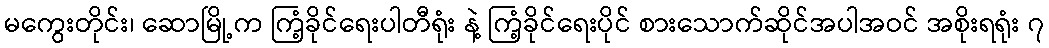
မကွေးတိုင်း၊ ဆောမြို့က ကြံ့ခိုင်ရေးပါတီရုံး နဲ့ ကြံ့ခိုင်ရေးပိုင် စားသောက်ဆိုင်အပါအဝင် အစိုးရရုံး ၇